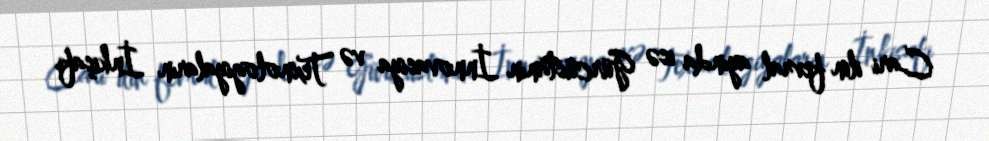
Cari ilin fevral ayında isə Gürcüstanın İnnovasiya və Texnologiyaların İnkişafı